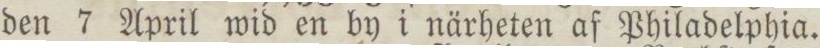
den 7 April wid en by i närheten af Philadelphia.